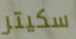
سكيتر